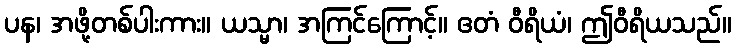
ပန၊ အဖို့တစ်ပါးကား။ ယသ္မာ၊ အကြင်ကြောင့်။ ဧတံ ဝီရိယံ၊ ဤဝီရိယသည်။